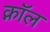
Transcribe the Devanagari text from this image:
क्नॉल